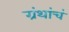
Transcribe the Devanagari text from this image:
ग्रंथांचं